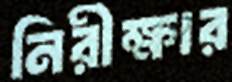
নিরীক্ষার